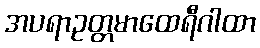
အပရာဥတ္တမာထေရီဂါထာ